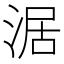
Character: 涺